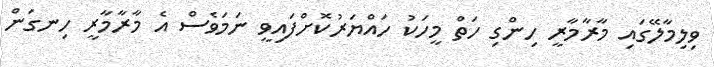
ވިލިމާލޭގައި މާރާމާރީ ހިންގި ހަތް މީހަކު ހައްޔަރުކޮށްފައިވީ ނަމަވެސް އެ މާރާމާރީ ހިނގަން